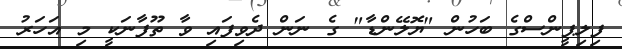
ފިލިޕީންސްގެ ބަހުން "ޔޮލޭންޑާ" ގެ ނަން ދެވިފައި ވާ ތޫފާނަކީ މި އަހަރު